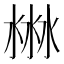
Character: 㴇